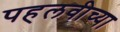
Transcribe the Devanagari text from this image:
पहलवीच्या